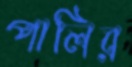
পালির